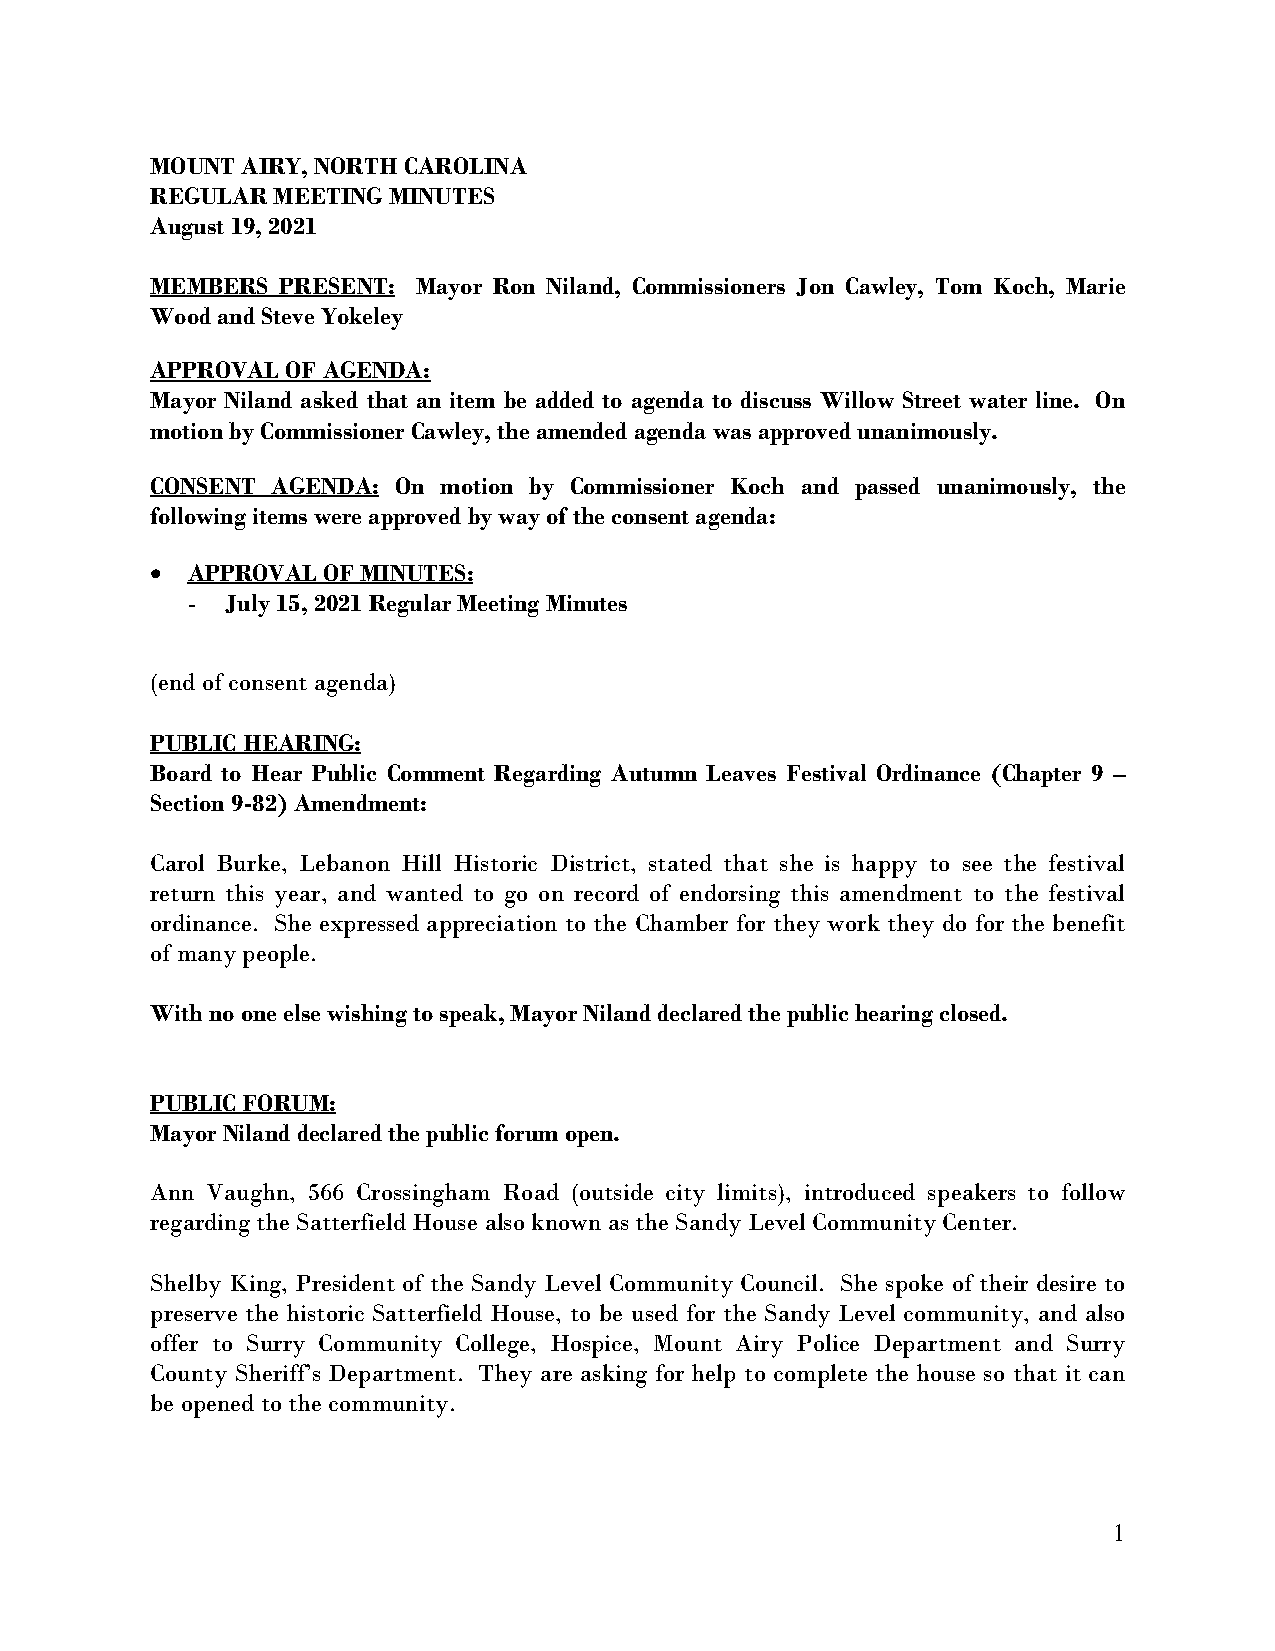
MOUNT AIRY, NORTH CAROLINA
 REGULAR MEETING MINUTES
 August 19, 2021
 MEMBERS  PRESENT: Mayor Ron Niland, Commissioners Jon Cawley, Tom Koch, Marie
 Wood and Steve Yokeley
 APPROVAL OF AGENDA:
 Mayor Niland asked that an item be added to agenda to discuss Willow Street water line. On
 motion by Commissioner Cawley, the amended agenda was approved unanimously.
 CONSENT AGENDA: On motion by Commissioner Koch and passed unanimously, the
 following items were approved by way of the consent agenda:
 • APPROVAL OF MINUTES:
 -  July 15, 2021 Regular Meeting Minutes
 (end of consent agenda)
 PUBLIC HEARING:
 Board to Hear Public Comment Regarding Autumn Leaves Festival Ordinance (Chapter 9 –
 Section 9-82) Amendment:
 Carol Burke, Lebanon Hill Historic District, stated that she is happy to see the festival
 return this year, and wanted to go on record of endorsing this amendment to the festival
 ordinance. She expressed appreciation to the Chamber for they work they do for the benefit
 of many people.
 With no one else wishing to speak, Mayor Niland declared the public hearing closed.
 PUBLIC FORUM:
 Mayor Niland declared the public forum open.
 Ann Vaughn, 566 Crossingham Road (outside city limits), introduced speakers to follow
 regarding the Satterfield House also known as the Sandy Level Community Center.
 Shelby King, President of the Sandy Level Community Council. She spoke of their desire to
 preserve the historic Satterfield House, to be used for the Sandy Level community, and also
 offer to Surry Community College, Hospice, Mount Airy Police Department and Surry
 County Sheriff’s Department. They are asking for help to complete the house so that it can
 be opened to the community.
 1